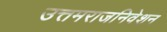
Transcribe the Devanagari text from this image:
उत्तमराजनिवेशन